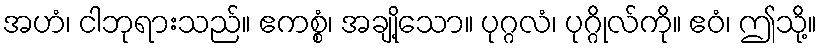
အဟံ၊ ငါဘုရားသည်။ ဧကစ္စံ၊ အချို့သော။ ပုဂ္ဂလံ၊ ပုဂ္ဂိုလ်ကို။ ဧဝံ၊ ဤသို့။